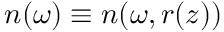
n ( \omega ) \equiv n ( \omega , r ( z ) )